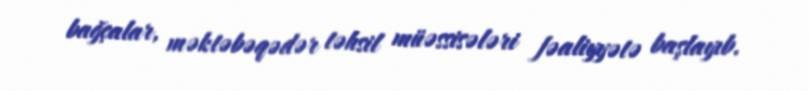
bağçalar, məktəbəqədər təhsil müəssisələri fəaliyyətə başlayıb.